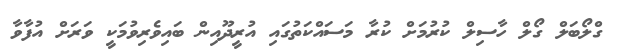
ގްލޯބަލް ގޯލް ހާސިލް ކުރުމަށް ކުރާ މަސައްކަތުގައި އުރީދޫއިން ބައިވެރިވުމަކީ ވަރަށް އުފާވާ